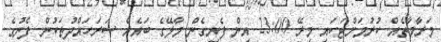
މަރާމާތެއް ކުރުމަށްޓަކައި މިރޭ 23:00 އިން ފެށިގެން މާލޭގެ ބައެއް ސަރަހައްދުތަކުން ފެނުގެ